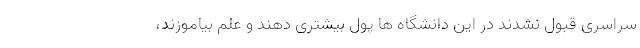
سراسری قبول نشدند در این دانشگاه ها پول بیشتری دهند و علم بیاموزند،